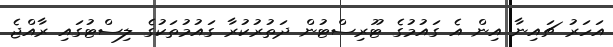
އަހަރު ޗައިނާ އިން އެ ގައުމުގެ ޓޫރިސްޓުން ދަތުރުކުރާ ގައުމުތަކުގެ ލިސްޓުގައި ރާއްޖެ